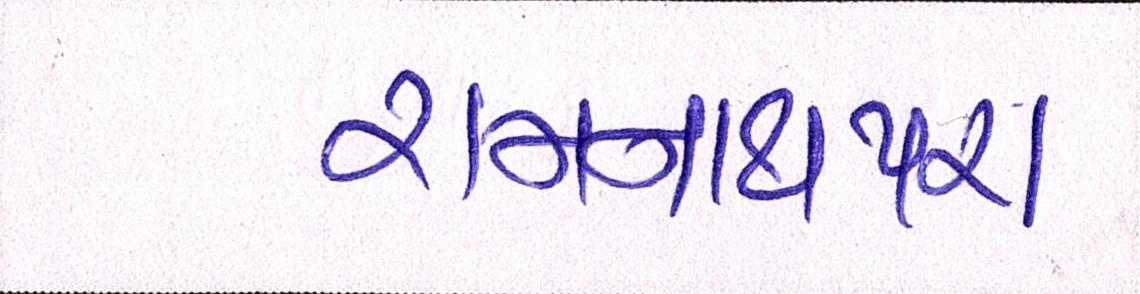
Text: રામનાથપરા